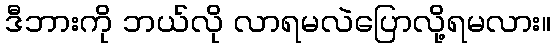
ဒီဘားကို ဘယ်လို လာရမလဲပြောလို့ရမလား။